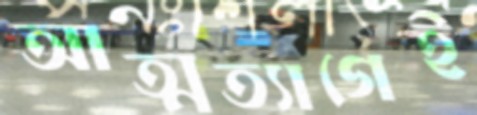
আত্মত্যাগেই